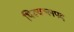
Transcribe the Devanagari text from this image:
थिरूवल्लपद